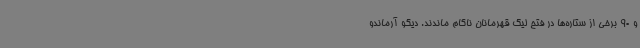
و 90 برخی از ستاره‌ها در فتح لیگ قهرمانان ناکام ماندند. دیگو آرماندو